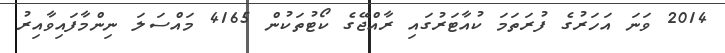
2014 ވަނަ އަހަރުގެ ފުރަތަމަ ކުއާޓަރުގައި ރާއްޖޭގެ ކޯޓުތަކުން 4165 މައްސަލަ ނިންމާފައިވާއިރު